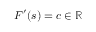
F ^ { \prime } ( s ) = c \in \mathbb { R }